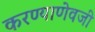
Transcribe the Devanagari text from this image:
करण्याणेवजी